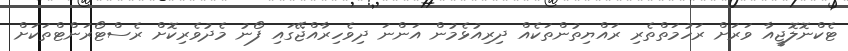
ޓެކްނޮލޮޖީއާ ވަރަށް ރަހުމަތްތެރި ރައްޔިތުންތަކެއް ދިރިއުޅެމުން އަންނަ ދިވެހިރާއްޖޭގައި ފޯނު މެދުވެރިކޮށް ރެސްޓޯރަންޓްތަކަށް